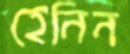
হেনিন